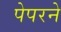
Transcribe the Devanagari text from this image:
पेपरने